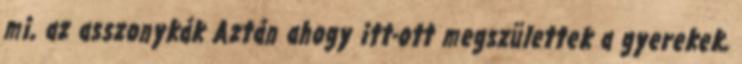
mi, az asszonykák Aztán ahogy itt-ott megszülettek a gyerekek,